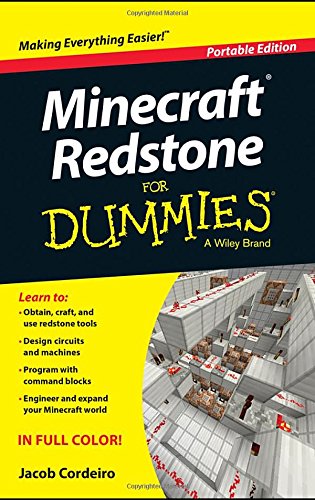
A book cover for Minecraft Redstone For Dummies; Jacob Cordeiro; Humor & Entertainment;